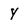
Character: Y